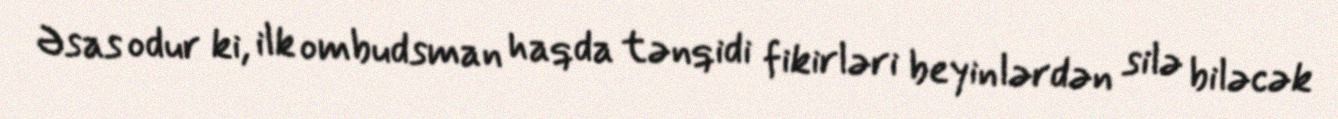
Əsas odur ki, ilk ombudsman haqda tənqidi fikirləri beyinlərdən silə biləcək